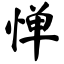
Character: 惮